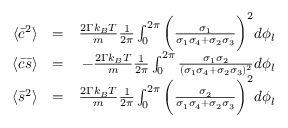
\begin{array} { r l r } { \langle \bar { c } ^ { 2 } \rangle } & { = } & { \frac { 2 \Gamma k _ { B } T } { m } \frac { 1 } { 2 \pi } \int _ { 0 } ^ { 2 \pi } \bigg ( \frac { \sigma _ { 1 } } { \sigma _ { 1 } \sigma _ { 4 } + \sigma _ { 2 } \sigma _ { 3 } } \bigg ) ^ { 2 } d \phi _ { l } } \\ { \langle \bar { c } \bar { s } \rangle } & { = } & { - \frac { 2 \Gamma k _ { B } T } { m } \frac { 1 } { 2 \pi } \int _ { 0 } ^ { 2 \pi } \frac { \sigma _ { 1 } \sigma _ { 2 } } { ( \sigma _ { 1 } \sigma _ { 4 } + \sigma _ { 2 } \sigma _ { 3 } ) ^ { 2 } } d \phi _ { l } } \\ { \langle \bar { s } ^ { 2 } \rangle } & { = } & { \frac { 2 \Gamma k _ { B } T } { m } \frac { 1 } { 2 \pi } \int _ { 0 } ^ { 2 \pi } \bigg ( \frac { \sigma _ { 2 } } { \sigma _ { 1 } \sigma _ { 4 } + \sigma _ { 2 } \sigma _ { 3 } } \bigg ) ^ { 2 } d \phi _ { l } } \end{array}